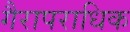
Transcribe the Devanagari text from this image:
गैरापराधिक